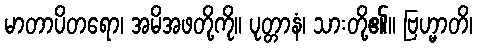
မာတာပိတရော၊ အမိအဖတို့ကို။ ပုတ္တာနံ၊ သားတို့၏။ ဗြဟ္မာတိ၊